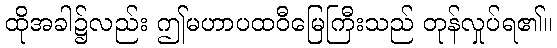
ထိုအခါ၌လည်း ဤမဟာပထဝီမြေကြီးသည် တုန်လှုပ်ရ၏။